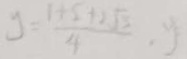
y = \frac { 1 + 5 + 2 \sqrt { 3 } } { 4 } . y